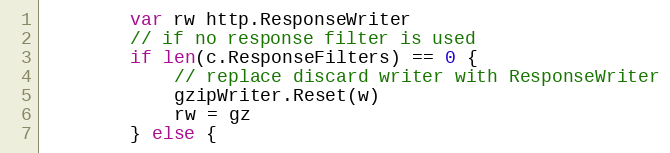
Language: Go
		var rw http.ResponseWriter
		// if no response filter is used
		if len(c.ResponseFilters) == 0 {
			// replace discard writer with ResponseWriter
			gzipWriter.Reset(w)
			rw = gz
		} else {